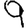
Digit: 9